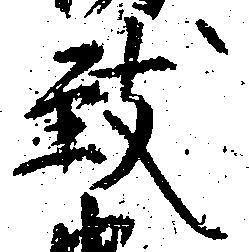
致